Indian journal of veterinary science and animal husbandry - Volume 13,
Year: 1943
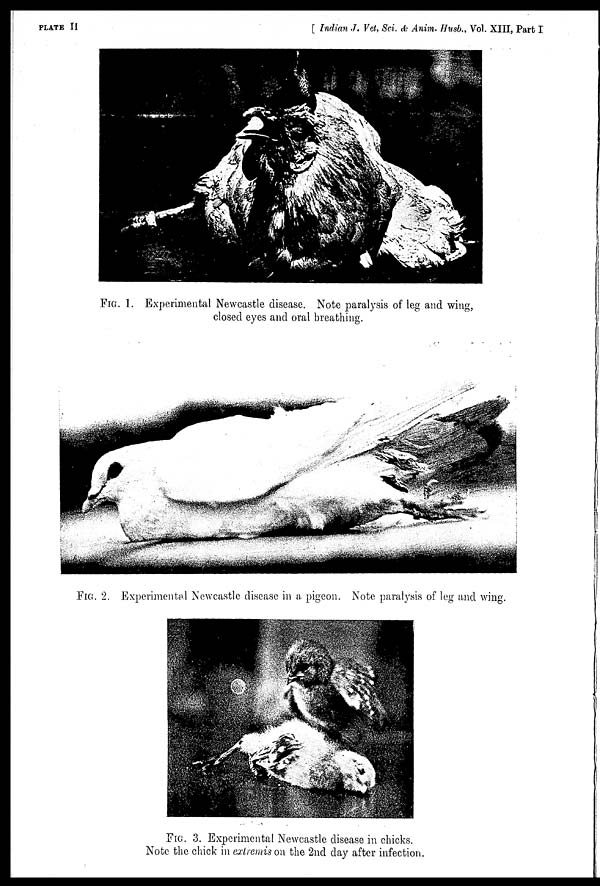
PLATE II
[ Indian J. Vet, Sci. & Anim. Husb., Vol. XIII, Part I
FIG. 1. Experimental Newcastle disease. Note paralysis of leg and wing,
closed eyes and oral breathing.
FIG. 2. Experimental Newcastle disease in a pigeon. Note paralysis of leg and wing.
FIG. 3. Experimental Newcastle disease in chicks.
Note the chick in extremis on the 2nd day after infection.